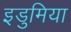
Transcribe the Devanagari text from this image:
इडुमिया